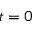
t = 0